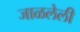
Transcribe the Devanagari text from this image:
जाळलेली